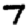
Digit: 7